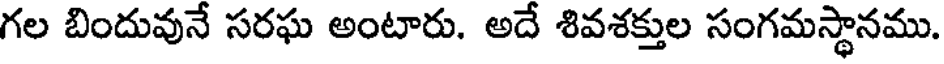
గల బిందువునే సరఘ అంటారు. అదే శివశక్తుల సంగమస్థానము.